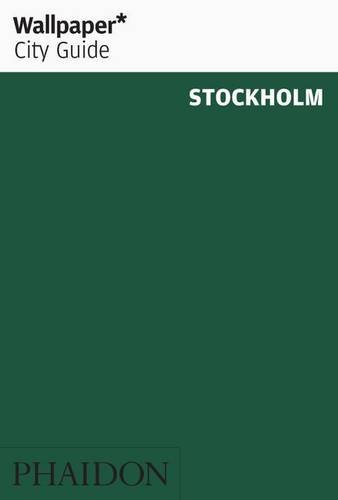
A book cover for Wallpaper* City Guide Stockholm 2014; Travel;